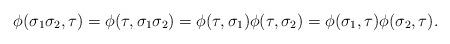
LaTeX: \begin{align*}\phi(\sigma_1 \sigma_2, \tau) = \phi(\tau, \sigma_1 \sigma_2) = \phi(\tau, \sigma_1) \phi(\tau, \sigma_2) = \phi(\sigma_1, \tau) \phi(\sigma_2, \tau).\end{align*}